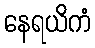
နေရယိကံ